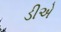
ડીએ